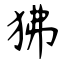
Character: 狒